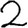
Digit: 2